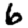
Digit: 6